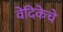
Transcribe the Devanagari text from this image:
वेदिकेचे